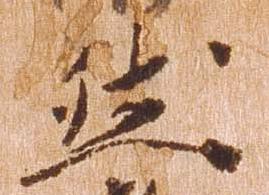
然